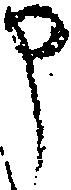
申